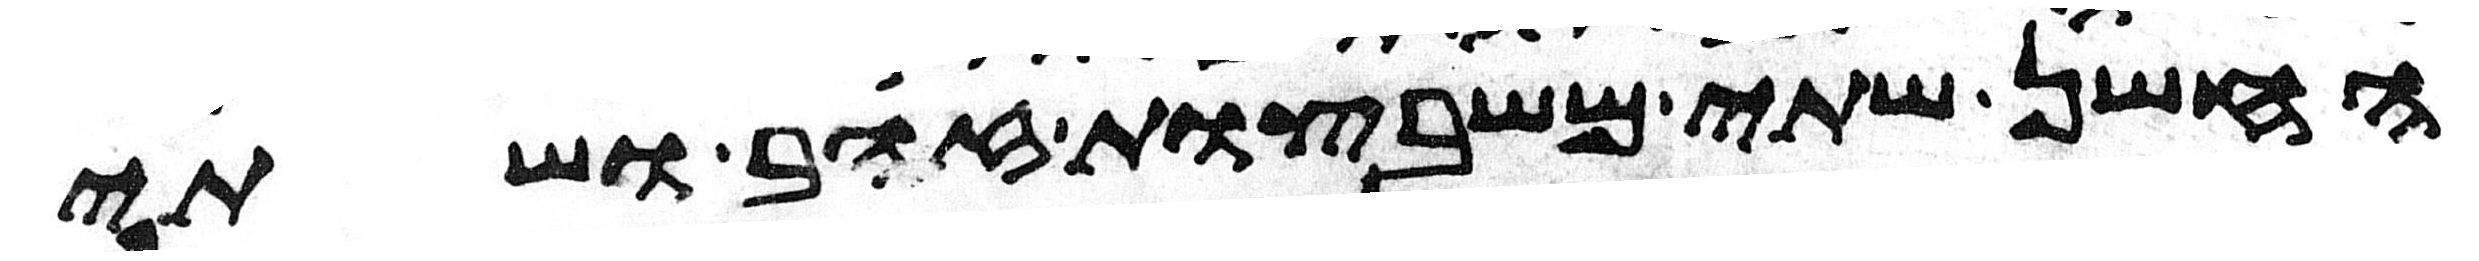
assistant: החשן שתי משבצות זהב ושתי